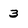
Character: 3